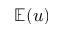
\mathbb E ( u )